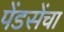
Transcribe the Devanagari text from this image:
पेंडसेंचा